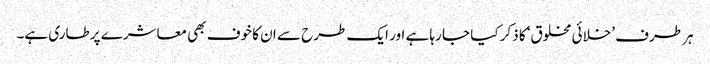
ہر طرف ’خلائی مخلوق‘ کا ذکر کیا جا رہا ہے اور ایک طرح سے ان کا خوف بھی معاشرے پر طاری ہے۔